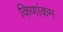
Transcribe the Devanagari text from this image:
किणांकम